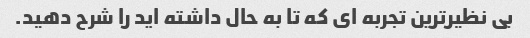
بی نظیرترین تجربه ای که تا به حال داشته اید را شرح دهید.